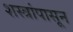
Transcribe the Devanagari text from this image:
शस्त्रांपासून